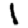
Digit: 1